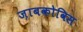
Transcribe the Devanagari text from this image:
ज़ाबकोविस